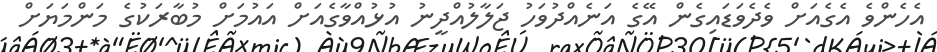
އެހެންވެ އެގެއަށް ވެދެވަޑައިގެން އޭގެ އަނެއްދުވަހު ޖަލާލުއްދީނު އުޅުއްވާގެއަށް އައުމަށް މުބާރަކުގެ މަންމަޔަށް